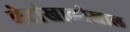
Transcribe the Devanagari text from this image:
बेटांखालोखाल